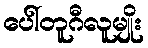
ပေါ်တူဂီလူမျိုး